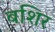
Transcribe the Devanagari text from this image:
बशिर